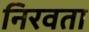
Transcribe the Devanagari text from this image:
निरवता